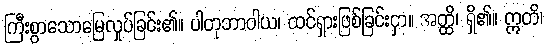
ကြီးစွာသောမြေလှုပ်ခြင်း၏။ ပါတုဘာဝါယ၊ ထင်ရှားဖြစ်ခြင်းငှာ။ အတ္ထိ၊ ရှိ၏။ ဣတိ၊